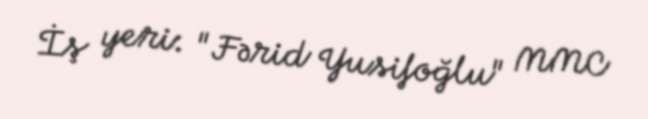
İş yeri: "Fərid Yusifoğlu" MMC